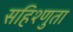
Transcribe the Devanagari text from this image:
सहिश्णुता